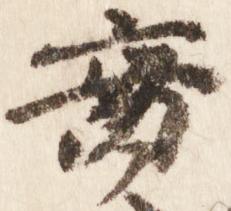
実